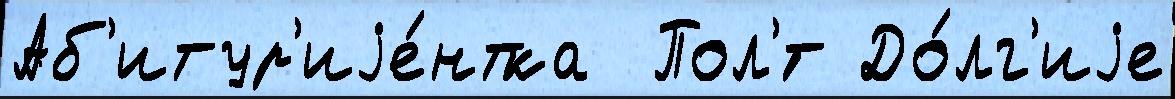
Аб'итур'иjе́нтка  Пол'́т До́лг'иjе